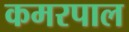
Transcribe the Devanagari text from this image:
कमरपाल